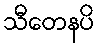
သီတေနပိ